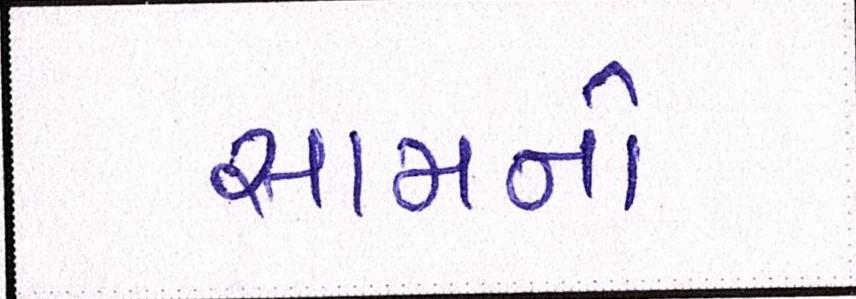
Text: સામનો